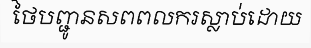
ថៃបញ្ជូនសពពលករស្លាប់ដោយ